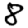
Digit: 8